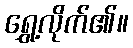
ရွှေ့လိုက်၏။